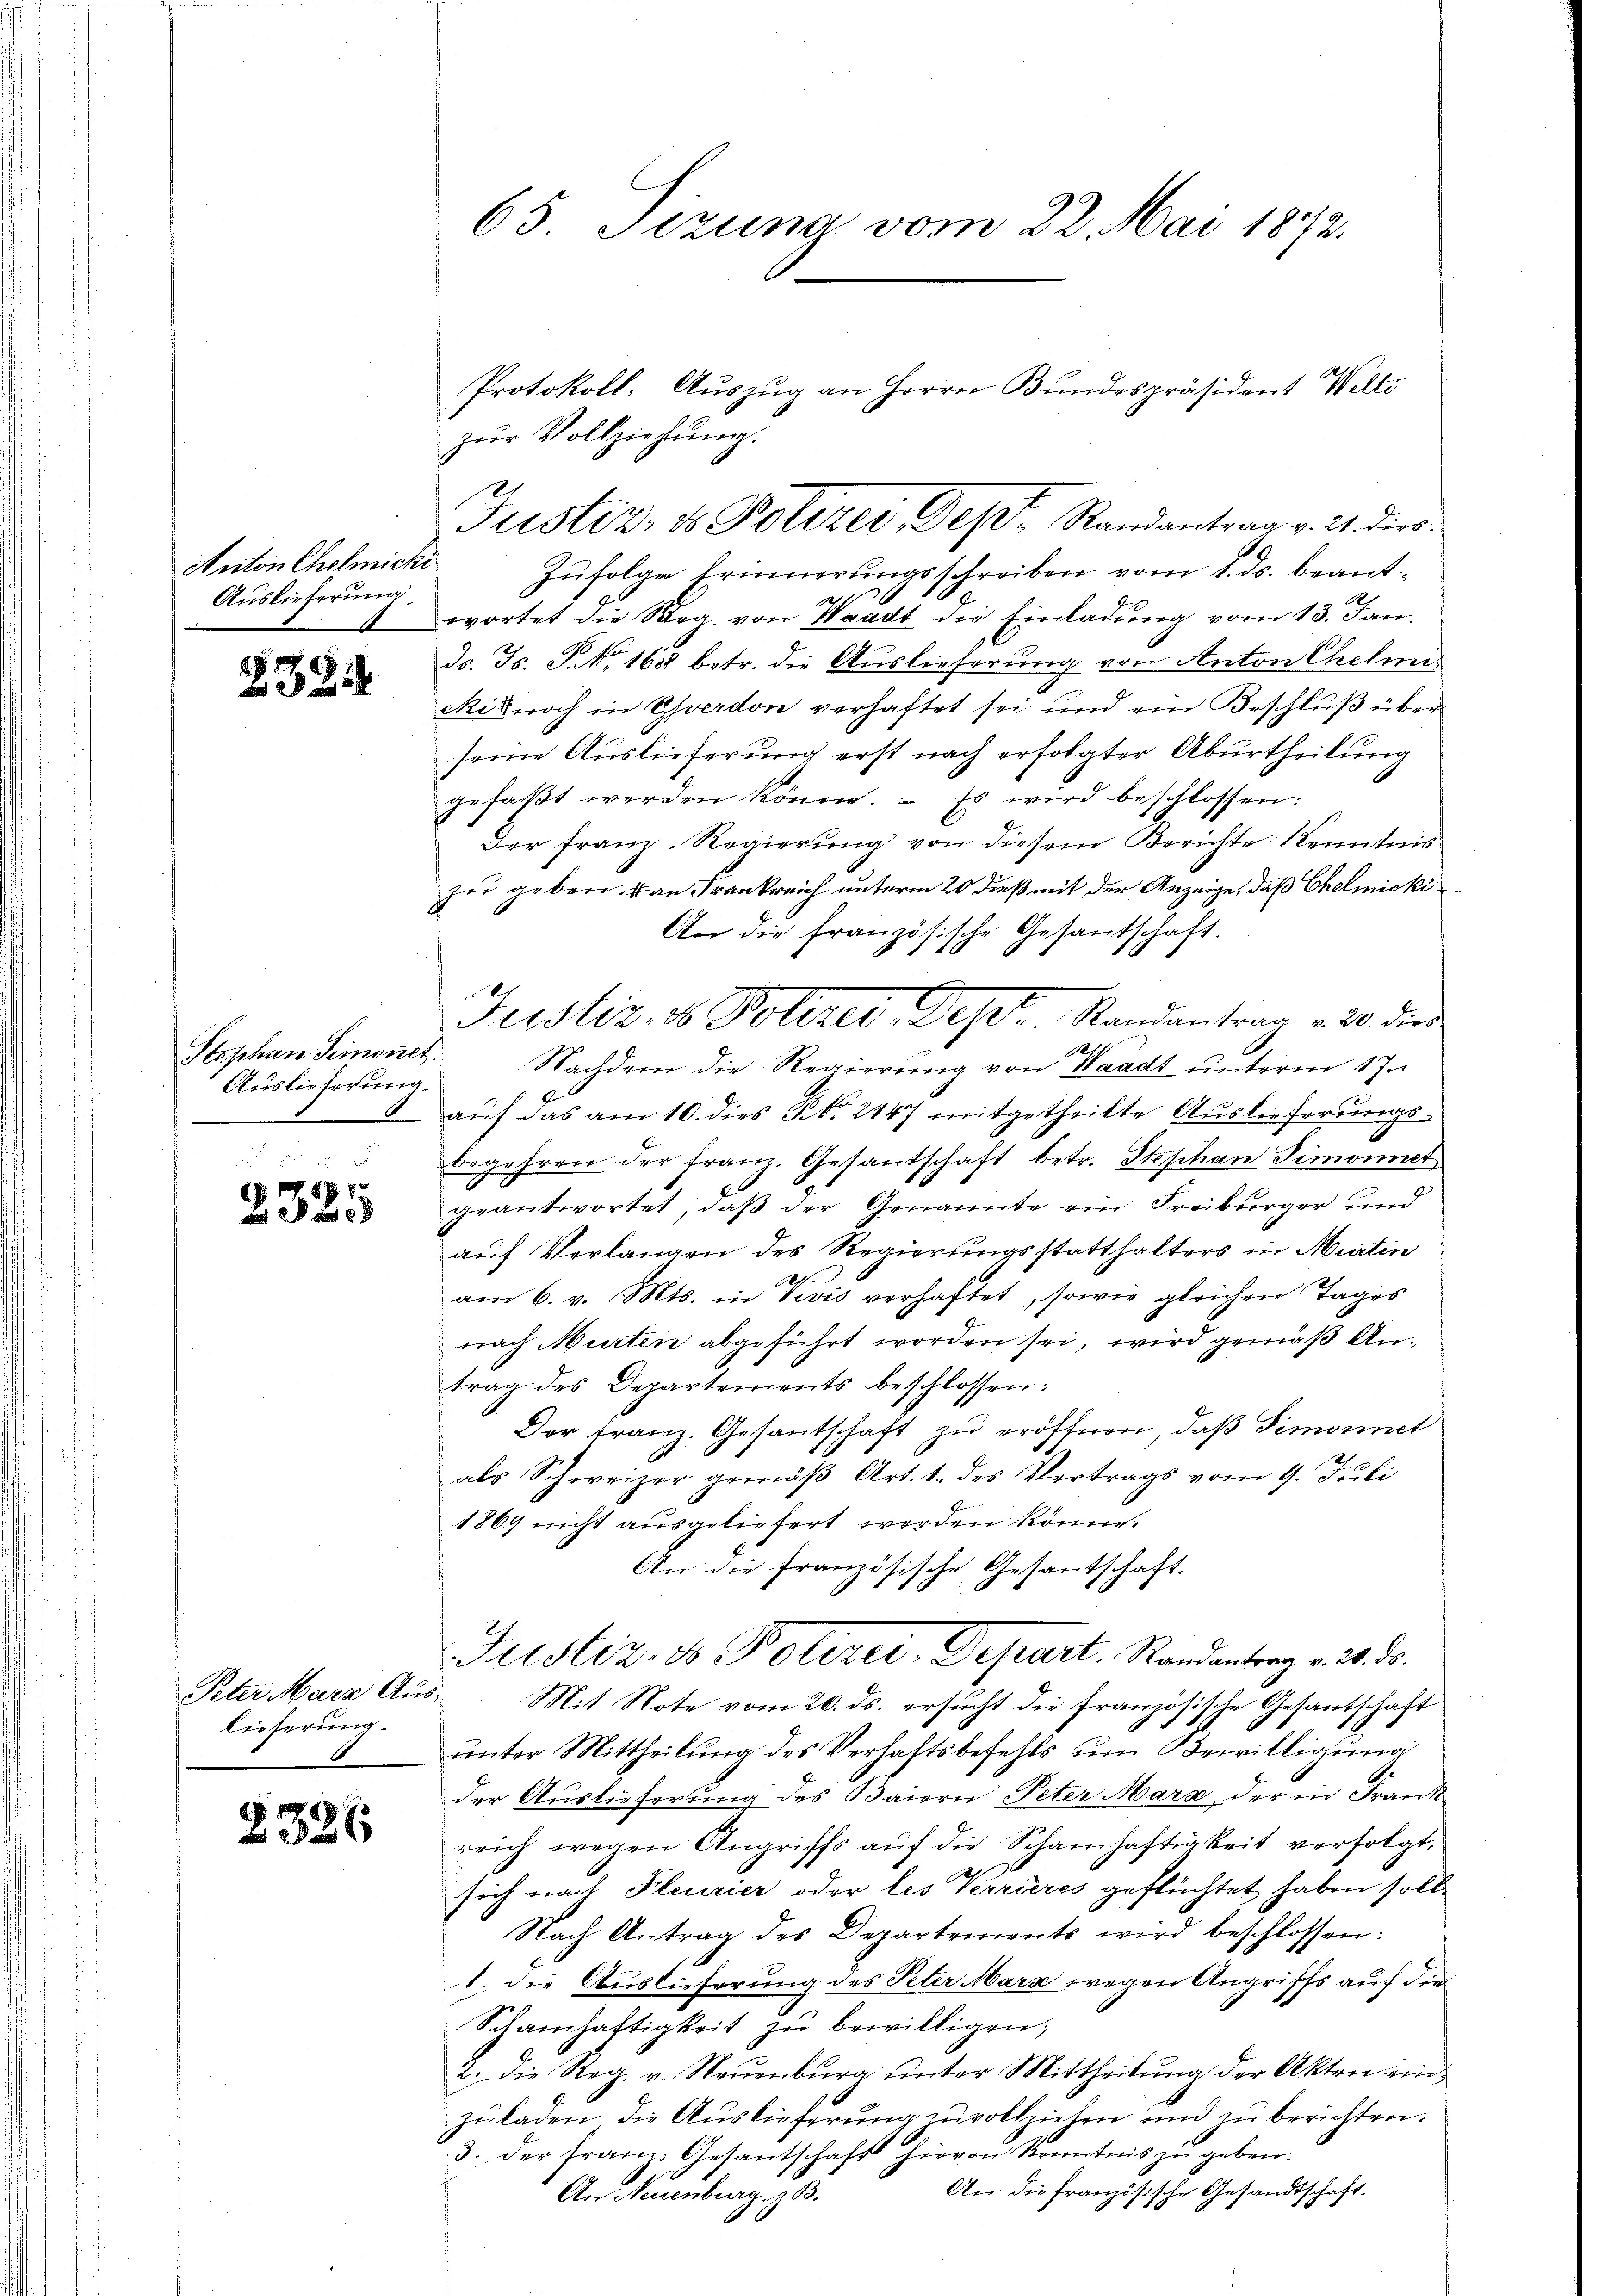
Anton Cholmicki
Auslieferung

2324

Stephan Simonet.
Auslieferung.

(177

Peter Marz, Auslieferung.

2326

65. Sezuna vom 22. Mai 1872.

Protokoll. Auszug an Herrn Bundespräsident Welti
zŭr Vollziehung.
Justiz- & Polizei Dept. Randantrag v. 21. dies

8
Justiz- & Polizei, Dept. Randantrag v. 20. die

Zufolge Erinnerungsschreiben vom 1. ds. beantwortet die Reg. von Waadt die Einladung vom 13. Jan.
ds. Fs. J. No. 1688 betr. die Auslieferung von Anton Ehelei¬
Ris noch in Ehverdon verhaftet sei und ein Beschlŭβ über
seine Auslieferung erst nach erfolgter Aburtheilung
gefaβt werden könne. Es wird beschlossen:
Der Franz. Regierung von diesem Berichte Kenntnis
zu geben. San Frankreich unterm 20 dieß mit der Anzeige, daß Chelmicki
An die französische Gesantschaft.
At
Nachdem die Regierung von Waadt unterm 17.
auf das am 10. dies No. 2447 mitgetheilte Auslieferungsbegehren der franz. Gesantschaft betr. Stephan Simoniet
d
geantwortet, daß der Genannte ein Freiburger und
auf Verlangen des Regierungsstatthalters in Murten
am 6. v. Mts. in Vivis verhaftet, sowie gleichen Tages
nach Murten abgeführt worden sei, wird gemäß Antrag des Departements beschlossen:
Der Franz. Gesantschaft zu eröffnen, daß Simoniet
als Schweizer gemäß Art. 1. des Vertrags vom 9. Juli
1869 nicht ausgeliefert werden könne.
An die französische Gesantschaft.
Justiz- & Polizei-Depart. Randantrag v. 26. ds.
Mit Note vom 20. ds. ersucht die französische Gesantschaft
unter Mittheilung des Verhaftsbefehls um Bewilligung
der Auslieferung des Baiern Peter Marx, der in Frank
reich wegen Angriffs auf die Schamhaftigkeit verfolgt,
2
sich nach Pleurier oder les Verrieres geflüchtet haben solle
Nach Antrag des Departements wird beschlossen:
1. die Auslieferung des Peter Marx wegen Angriffs auf die
Schamhaftigkeit zŭ bewilligen;
2. die Reg. v. Neŭenbŭrg ŭnter Mittheilŭng der Akten einzŭladen die Auslieferŭng zu vollziehen und zŭ berichten.
3. der franz. Gesantschaft hievon Kenntnis zu geben.
An die französische Gesandtschaft.
An Neuenburg, z. B.